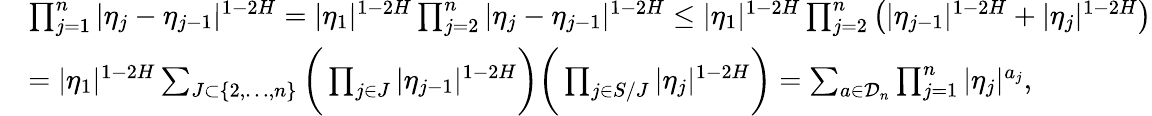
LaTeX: \begin{array}{rl}&{\prod_{j=1}^{n}|\eta_{j}-\eta_{j-1}|^{1-2H}=|\eta_{1}|^{1-2H}\prod_{j=2}^{n}|\eta_{j}-\eta_{j-1}|^{1-2H}\leq|\eta_{1}|^{1-2H}\prod_{j=2}^{n}\left(|\eta_{j-1}|^{1-2H}+|\eta_{j}|^{1-2H}\right)}\\ &{=|\eta_{1}|^{1-2H}\sum_{J\subset\{ 2,\dots,n\} }\bigg(\prod_{j\in J}|\eta_{j-1}|^{1-2H}\bigg)\bigg(\prod_{j\in S/J}|\eta_{j}|^{1-2H}\bigg)=\sum_{a\in\mathcal{D}_{n}}\prod_{j=1}^{n}|\eta_{j}|^{a_{j}},}\end{array}